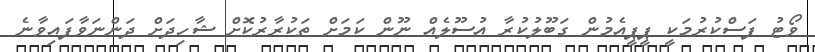
ވޯޓު ފަސްކުރުމަކީ ޕީޕީއެމުން ގަބޫލުކުރާ އުސޫލެއް ނޫން ކަމަށް ތަކުރާރުކޮށް ޝާހިދަށް ދަންނަވާފައިވާނެ